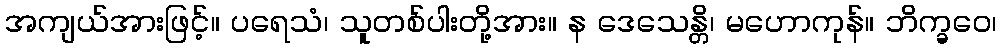
အကျယ်အားဖြင့်။ ပရေသံ၊ သူတစ်ပါးတို့အား။ န ဒေသေန္တိ၊ မဟောကုန်။ ဘိက္ခဝေ၊